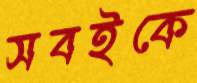
সবইকে